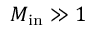
M _ { \mathrm { i n } } \gg 1